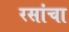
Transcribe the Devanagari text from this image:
रसांचा